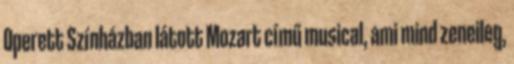
Operett Színházban látott Mozart című musical, ami mind zeneileg,